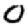
Digit: 0